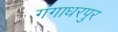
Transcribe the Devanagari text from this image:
गंगाधरपुर